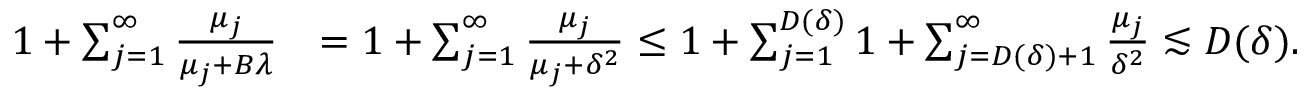
\begin{array} { r l } { 1 + \sum _ { j = 1 } ^ { \infty } \frac { \mu _ { j } } { \mu _ { j } + B \lambda } } & { = 1 + \sum _ { j = 1 } ^ { \infty } \frac { \mu _ { j } } { \mu _ { j } + \delta ^ { 2 } } \leq 1 + \sum _ { j = 1 } ^ { D ( \delta ) } 1 + \sum _ { j = D ( \delta ) + 1 } ^ { \infty } \frac { \mu _ { j } } { \delta ^ { 2 } } \lesssim D ( \delta ) . } \end{array}